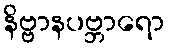
နိဗ္ဗာနပဗ္ဘာရော